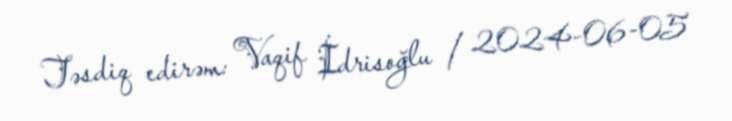
Təsdiq edirəm: Vaqif İdrisoğlu / 2024-06-05